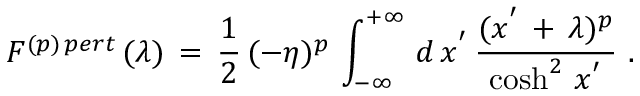
F ^ { ( p ) \, p e r t } \, ( \lambda ) \, = \, \frac { 1 } { 2 } \, ( - \eta ) ^ { p } \, \int _ { - \infty } ^ { + \infty } \, d \, x ^ { ' } \, \frac { ( x ^ { ' } \, + \, \lambda ) ^ { p } } { \cosh ^ { 2 } \, x ^ { ' } } \, \, .